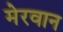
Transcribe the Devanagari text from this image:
मेरवान